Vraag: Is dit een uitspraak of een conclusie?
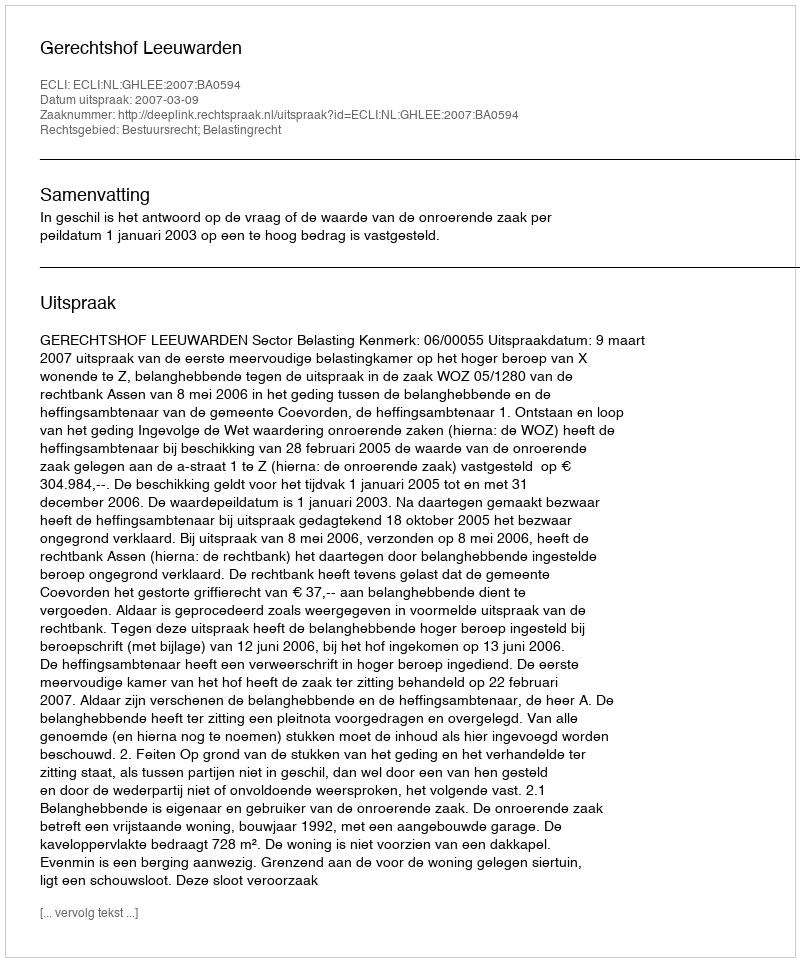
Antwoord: Uitspraak